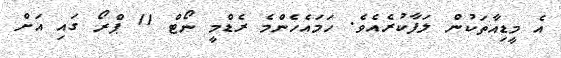
އެ މީޑިއާތަކުން ލަފާކުރެއެވެ. ހަމައެހެންމެ ރެޑްމީ ނޯޓް 11 ޕްރޯ ގައި އަށް